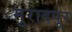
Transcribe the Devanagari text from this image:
मुरादपूर